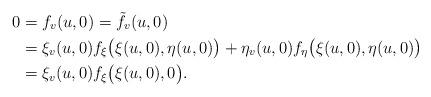
LaTeX: \begin{align*} 0 &= f_v(u,0) = \tilde f_v(u,0)\\ &= \xi_v(u,0)f_\xi\bigl(\xi(u,0),\eta(u,0)\bigr) + \eta_v(u,0)f_\eta\bigl(\xi(u,0),\eta(u,0)\bigr)\\ & =\xi_v(u,0)f_\xi\bigl(\xi(u,0),0\bigr). \end{align*}